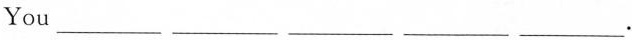
You ___ ___ ___ ___ ___.